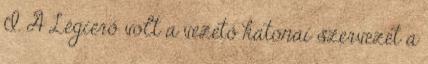
I. A Légierő volt a vezető katonai szervezet a